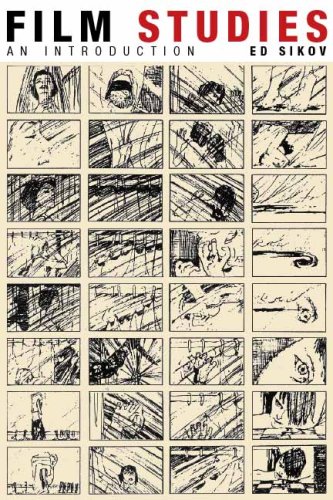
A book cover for Film Studies: An Introduction (Film and Culture Series); Ed Sikov; Humor & Entertainment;